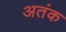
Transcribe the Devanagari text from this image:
अतंक